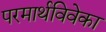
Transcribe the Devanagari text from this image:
परमार्थविवेका